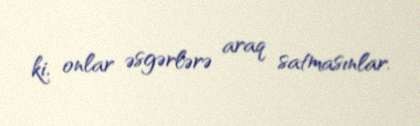
ki, onlar əsgərlərə araq satmasınlar.